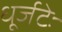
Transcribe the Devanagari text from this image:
धूर्जटेः